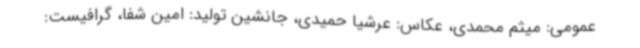
عمومی: میثم محمدی، عکاس: عرشیا حمیدی، جانشین تولید: امین شفا، گرافیست: